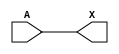
module sky130_fd_sc_hd__lpflow_lsbuf_lh_hl_isowell_tap (
    X,
    A
);

    // Module ports
    output X;
    input  A;

    //  Name  Output  Other arguments
    buf buf0 (X     , A              );

endmodule